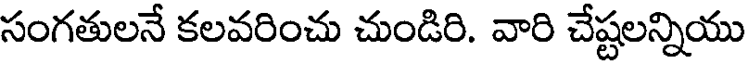
సంగతులనే కలవరించు చుండిరి. వారి చేష్టలన్నియు